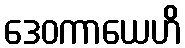
ဒေဝကာယေဟိ